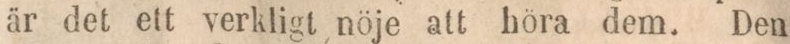
är det ett verkligt nöje att höra dem. Den